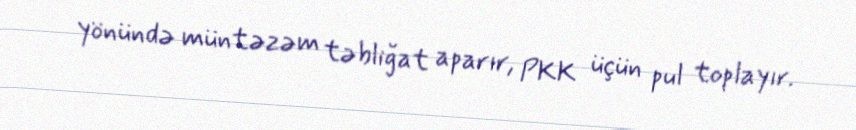
yönündə müntəzəm təbliğat aparır, PKK üçün pul toplayır.